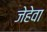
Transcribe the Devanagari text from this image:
जेहेवा